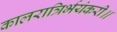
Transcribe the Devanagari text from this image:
कालरात्रिर्भयंकरी॥